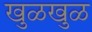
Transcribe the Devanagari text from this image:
खुळखुळ